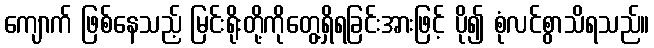
ကျောက် ဖြစ်နေသည့် မြင်းရိုးတို့ကိုတွေ့ရှိရခြင်းအားဖြင့် ပို၍ စုံလင်စွာသိရသည်။